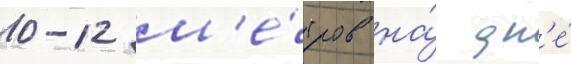
10-12 м'е́тров на́ дн'е́